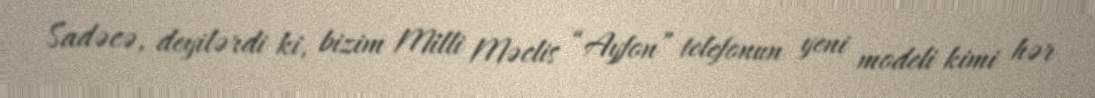
Sadəcə, deyilərdi ki, bizim Milli Məclis “Ayfon” telefonun yeni modeli kimi hər